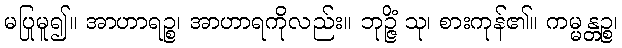
မပြုမူ၍။ အာဟာရဉ္စ၊ အာဟာရကိုလည်း။ ဘုဉ္ဇိံ သု၊ စားကုန်၏။ ကမ္မန္တဉ္စ၊